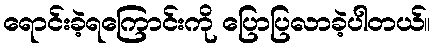
ရောင်းခဲ့ရကြောင်းကို ပြောပြလာခဲ့ပါတယ်။